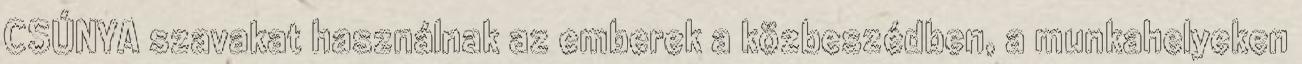
CSÚNYA szavakat használnak az emberek a közbeszédben, a munkahelyeken